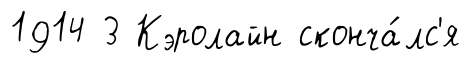
1914 3 Кэролайн сконча́лс'я